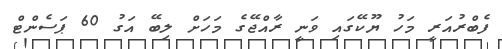
ފެބްރުއަރީ މަހު ޔޫކޭގައި ވަނީ ރާއްޖޭގެ މަހަށް ލިބޭ އަގު 60 ޕަސެންޓް